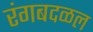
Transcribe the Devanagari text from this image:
रंगबदळल